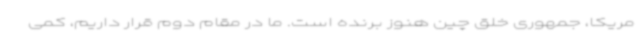
مریکا، جمهوری خلق چین هنوز برنده است. ما در مقام دوم قرار داریم، کمی